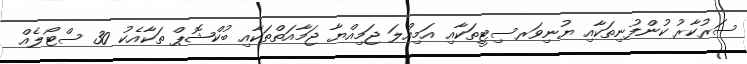
ސަރުކާރު ކުންފުނިތަކާއި ޔުނިވަރސިޓީތަކާއި އަމިއްލަ ޖަމިއްޔާ ޖަމާއަތްތަކާއި ބުކްޝޮޕް ތަކާއެކު 30 ސްޓޯލެއް